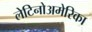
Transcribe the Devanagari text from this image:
लेटिनोअमेरिका